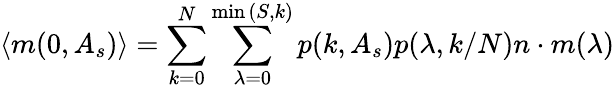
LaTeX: \langle m(0,A_{s})\rangle=\sum_{k=0}^{N}\sum_{\lambda=0}^{\operatorname*{min}{(S,k)}}p(k,A_{s})p(\lambda,k/N)n\cdot m(\lambda)